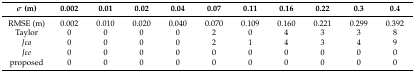
| σ (m) | 0.002 | 0.01 | 0.02 | 0.04 | 0.07 | 0.11 | 0.16 | 0.22 | 0.3 | 0.4 |
 | --- | --- | --- | --- | --- | --- | --- | --- | --- | --- | --- |
 | RMSE (m) | 0.002 | 0.010 | 0.020 | 0.040 | 0.070 | 0.109 | 0.160 | 0.221 | 0.299 | 0.392 |
 | Taylor | 0 | 0 | 0 | 0 | 2 | 0 | 4 | 3 | 3 | 8 |
 | Jεa | 0 | 0 | 0 | 0 | 2 | 1 | 4 | 3 | 4 | 9 |
 | Jεe | 0 | 0 | 0 | 0 | 0 | 0 | 0 | 0 | 0 | 0 |
 | proposed | 0 | 0 | 0 | 0 | 0 | 0 | 0 | 0 | 0 | 0 |